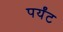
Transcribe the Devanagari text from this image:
पर्यंट